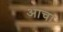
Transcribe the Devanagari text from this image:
आचा